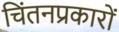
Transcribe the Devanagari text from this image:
चिंतनप्रकारों